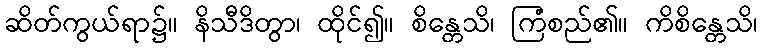
ဆိတ်ကွယ်ရာ၌။ နိသီဒိတွာ၊ ထိုင်၍။ စိန္တေသိ၊ ကြံစည်၏။ ကိစိန္တေသိ၊